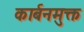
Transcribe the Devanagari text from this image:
कार्बनमुक्त